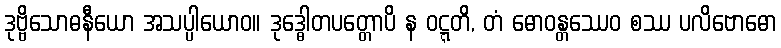
ဒုဗ္ဗိသောဓနီယော အသပ္ပါယောဝ။ ဒုဒ္ဓေါတပတ္တောပိ န ဝဋ္ဋတိ, တံ ဓောဝန္တဿေဝ စဿ ပလိဗောဓော